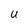
Character: U